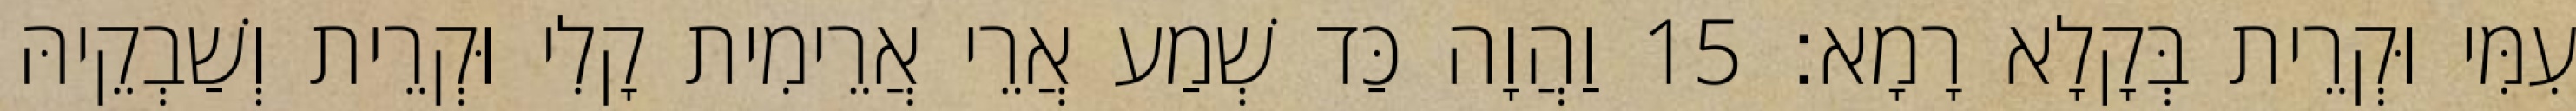
עִמִּי וּקְרֵית בְּקָלָא רָמָא׃ 15 וַהֲוָה כַּד שְׁמַע אֲרֵי אֲרֵימִית קָלִי וּקְרֵית וְשַׁבְקֵיהּ